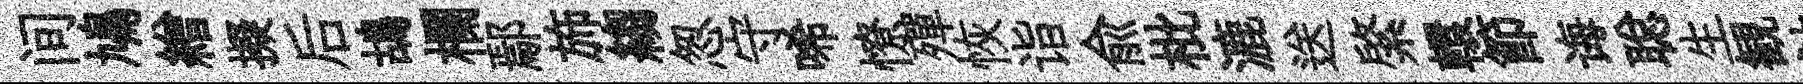
间鳩繒擬后鴣欄鄢斾縐怱守唏憭殫恢诣俞枇漉送綮轘節诲聪生観詁